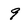
Character: 9